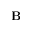
\mathbf { B }